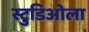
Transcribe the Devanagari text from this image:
स्टुडिओला